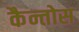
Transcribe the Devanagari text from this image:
कैन्तोस